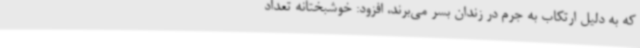
که به دلیل ارتکاب به جرم در زندان بسر می‌برند، افزود: خوشبختانه تعداد